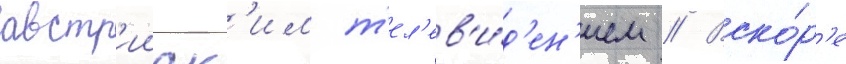
австр'ииск'им т'ел'ев'и́д'ен'ием // Вско́р'е